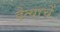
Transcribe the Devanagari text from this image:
दैत्याचें